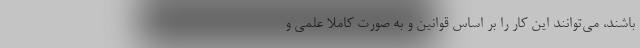
باشند، می‌توانند این کار را بر اساس قوانین و به صورت کاملا علمی و